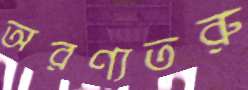
অরণ্যতরু